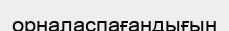
орналаспағандығын